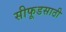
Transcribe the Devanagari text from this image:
सीफूडसाठी